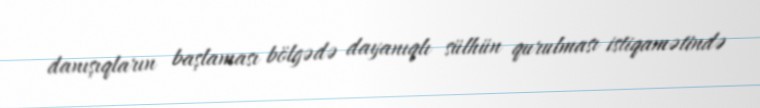
danışıqların başlaması bölgədə dayanıqlı sülhün qurulması istiqamətində